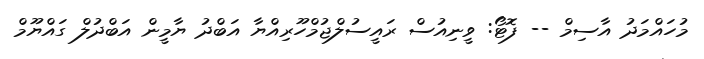
މުހައްމަދު އާސިމް -- ފޮޓޯ: ވީނިއުސް ރައީސުލްޖުމްހޫރިއްޔާ އަބްދު ޔާމީން އަބްދުލް ގައްޔޫމް